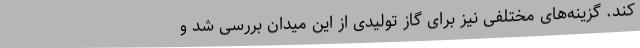
کند. گزینه‌های مختلفی نیز برای گاز تولیدی از این میدان بررسی شد و